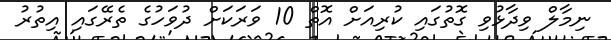
ނިމާލް ވިދާޅުވި ގޮތުގައި ކުރިއަށް އޮތް 10 ވަރަކަށް ދުވަހުގެ ތެރޭގައި އިތުރު